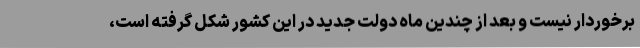
برخوردار نیست و بعد از چندین ماه دولت جدید در این کشور شکل گرفته است،